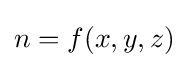
n=f(x,y,z)